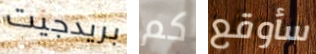
بريدجيت كم سأوقع